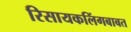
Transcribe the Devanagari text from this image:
रिसायकलिंगबाबत